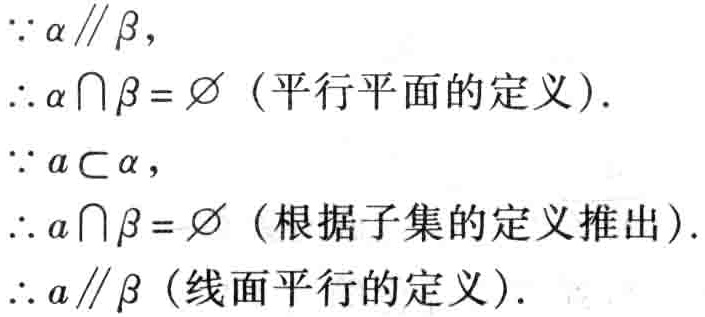
\(\because \alpha \parallel \beta,\)
\(\therefore \alpha \cap \beta = \varnothing\)（平行平面的定义）.
\(\because a \subset \alpha,\)
\(\therefore a \cap \beta = \varnothing\)（根据子集的定义推出）.
\(\therefore a \parallel \beta\)（线面平行的定义）.